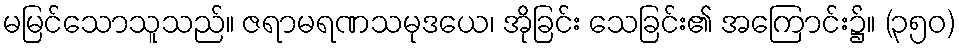
မမြင်သောသူသည်။ ဇရာမရဏသမုဒယေ၊ အိုခြင်း သေခြင်း၏ အကြောင်း၌။ (၃၅၀)